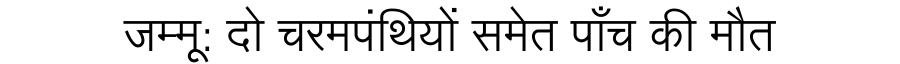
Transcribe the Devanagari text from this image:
जम्मू: दो चरमपंथियों समेत पाँच की मौत